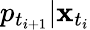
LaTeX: p_{t_{i+1}}|\mathbf{x}_{t_{i}}